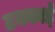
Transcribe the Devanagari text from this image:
टनकाई